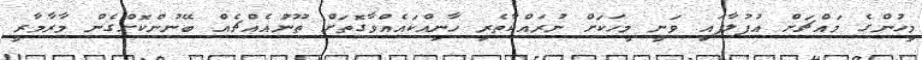
މީހުންގެ މައްޗަށް އުފުލާފައި ވަނީ މީހަކަށް ނުރައްކާތެރި ހާނިއްކައެއްވާގޮތަށް ތޫނުއެއްޗެއް ބޭނުންކޮށްގެން މާރާމާރީ